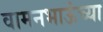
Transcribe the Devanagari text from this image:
वामनभाऊंच्या